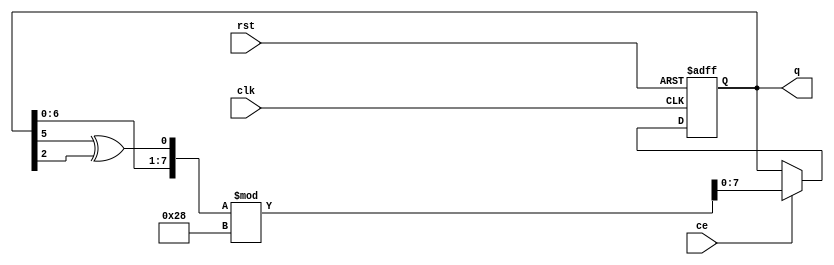
`timescale 1ns / 1ps
//////////////////////////////////////////////////////////////////////////////////
// Company: 
// Engineer: 
// 
// Design Name: 
// Module Name: random
// Project Name: 
// Target Devices: 
// Tool Versions: 
// Description: 
// 
// Dependencies: 
// 
// Revision:
// Revision 0.01 - File Created
// Additional Comments:
// 
//////////////////////////////////////////////////////////////////////////////////

//module pseudo_random(input  clk, ce, rst, output reg [2:0] q);
//// 3-bit uniform pseudo-random number generator, based on fibonacci LFSR

 
//wire feedback = q[2] ^ q[0];
 
//always @(posedge clk or posedge rst)
//  if (rst) 
//    q <= 3'b101;   
//  else if (ce)
//    q <= {q[1:0], feedback};
    
//endmodule
 
//''''''''''''''''''''''''''''''''''''''''''''''''''''''''''''''''''''
module pseudo_random(input  clk, ce, rst, output reg [7:0] q);
  // 6-bit uniform pseudo-random number generator, based on fibonacci LFSR
 
  wire feedback = q[5] ^ q[2]; 

  always @(posedge clk or posedge rst) begin
    if (rst) 
      q <= 6'b110110 % 40;   
    else if (ce)
      q <= {q[6:0], feedback} % 40;
  end
endmodule